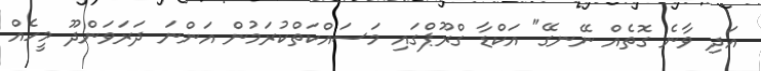
އަދި ވާނެ ގޮތެއް ނޭނގޭ" އަކްޑާ ގްރޫޕްގައި މަސައްކަތްކުރަމުން އަންނަ ދަރަވަންދޫ މީހެއް